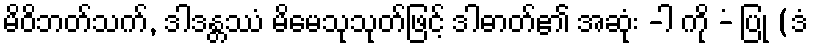
မိဝိဘတ်သက်, ဒါဒန္တဿံ မိမေသုသုတ်ဖြင့် ဒါဓာတ်၏ အဆုံး -ါ ကို -ံ ပြု (ဒံ